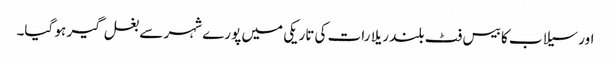
اور سیلاب کا بیس فٹ بلند ریلا رات کی تاریکی میں پورے شہر سے بغل گیر ہو گیا۔